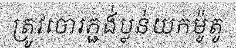
ត្រូវចោរភ្ជង់ប្លន់យកម៉ូតូ